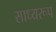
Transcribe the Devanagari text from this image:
साध्यरूप